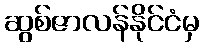
ဆွစ်ဇာလန်နိုင်ငံမှ